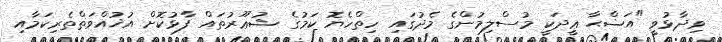
ވިދާޅުވީ "އަޟްޙާ ޢީދަކީ މުސްލިމުންގެ މެދުގައި ހިތްހެޔޮ ކަމުގެ ޝުޢޫރުތައް ފާޅުކޮށް އުޚުއްވަތްތެރިކަމާއި